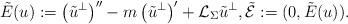
LaTeX: \begin{align*}&\tilde{E}(u):= \left(\tilde u^\perp\right)''- m\left(\tilde u^\perp\right)' + \mathcal{L}_{\Sigma} \tilde u^\perp, \tilde{\mathcal{E}}:=(0,\tilde{E}(u)).\end{align*}